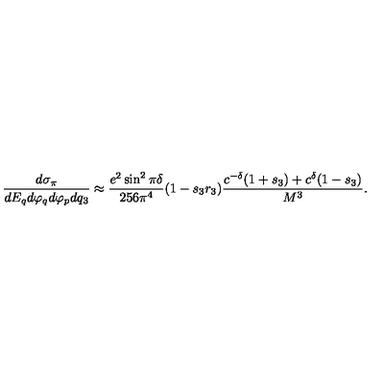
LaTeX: { \frac { d \sigma _ { \pi } } { d E _ { q } d \varphi _ { q } d \varphi _ { p } d q _ { 3 } } } \approx { \frac { e ^ { 2 } \sin ^ { 2 } \pi \delta } { 2 5 6 \pi ^ { 4 } } } ( 1 - s _ { 3 } r _ { 3 } ) { \frac { c ^ { - \delta } ( 1 + s _ { 3 } ) + c ^ { \delta } ( 1 - s _ { 3 } ) } { M ^ { 3 } } } .